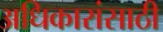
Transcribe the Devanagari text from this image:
अधिकारांसाठी